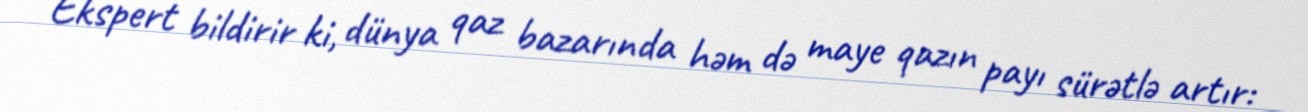
Ekspert bildirir ki, dünya qaz bazarında həm də maye qazın payı sürətlə artır: